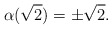
\begin{align*}\alpha(\sqrt{2}) = \pm \sqrt{2}. \end{align*}